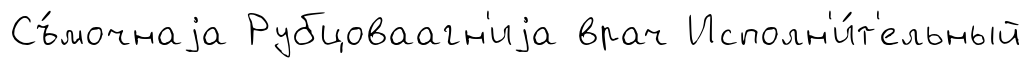
Съ́мочнаjа Рубцоваагн'иjа врач Исполн'и́т'ельный